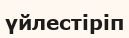
үйлестіріп